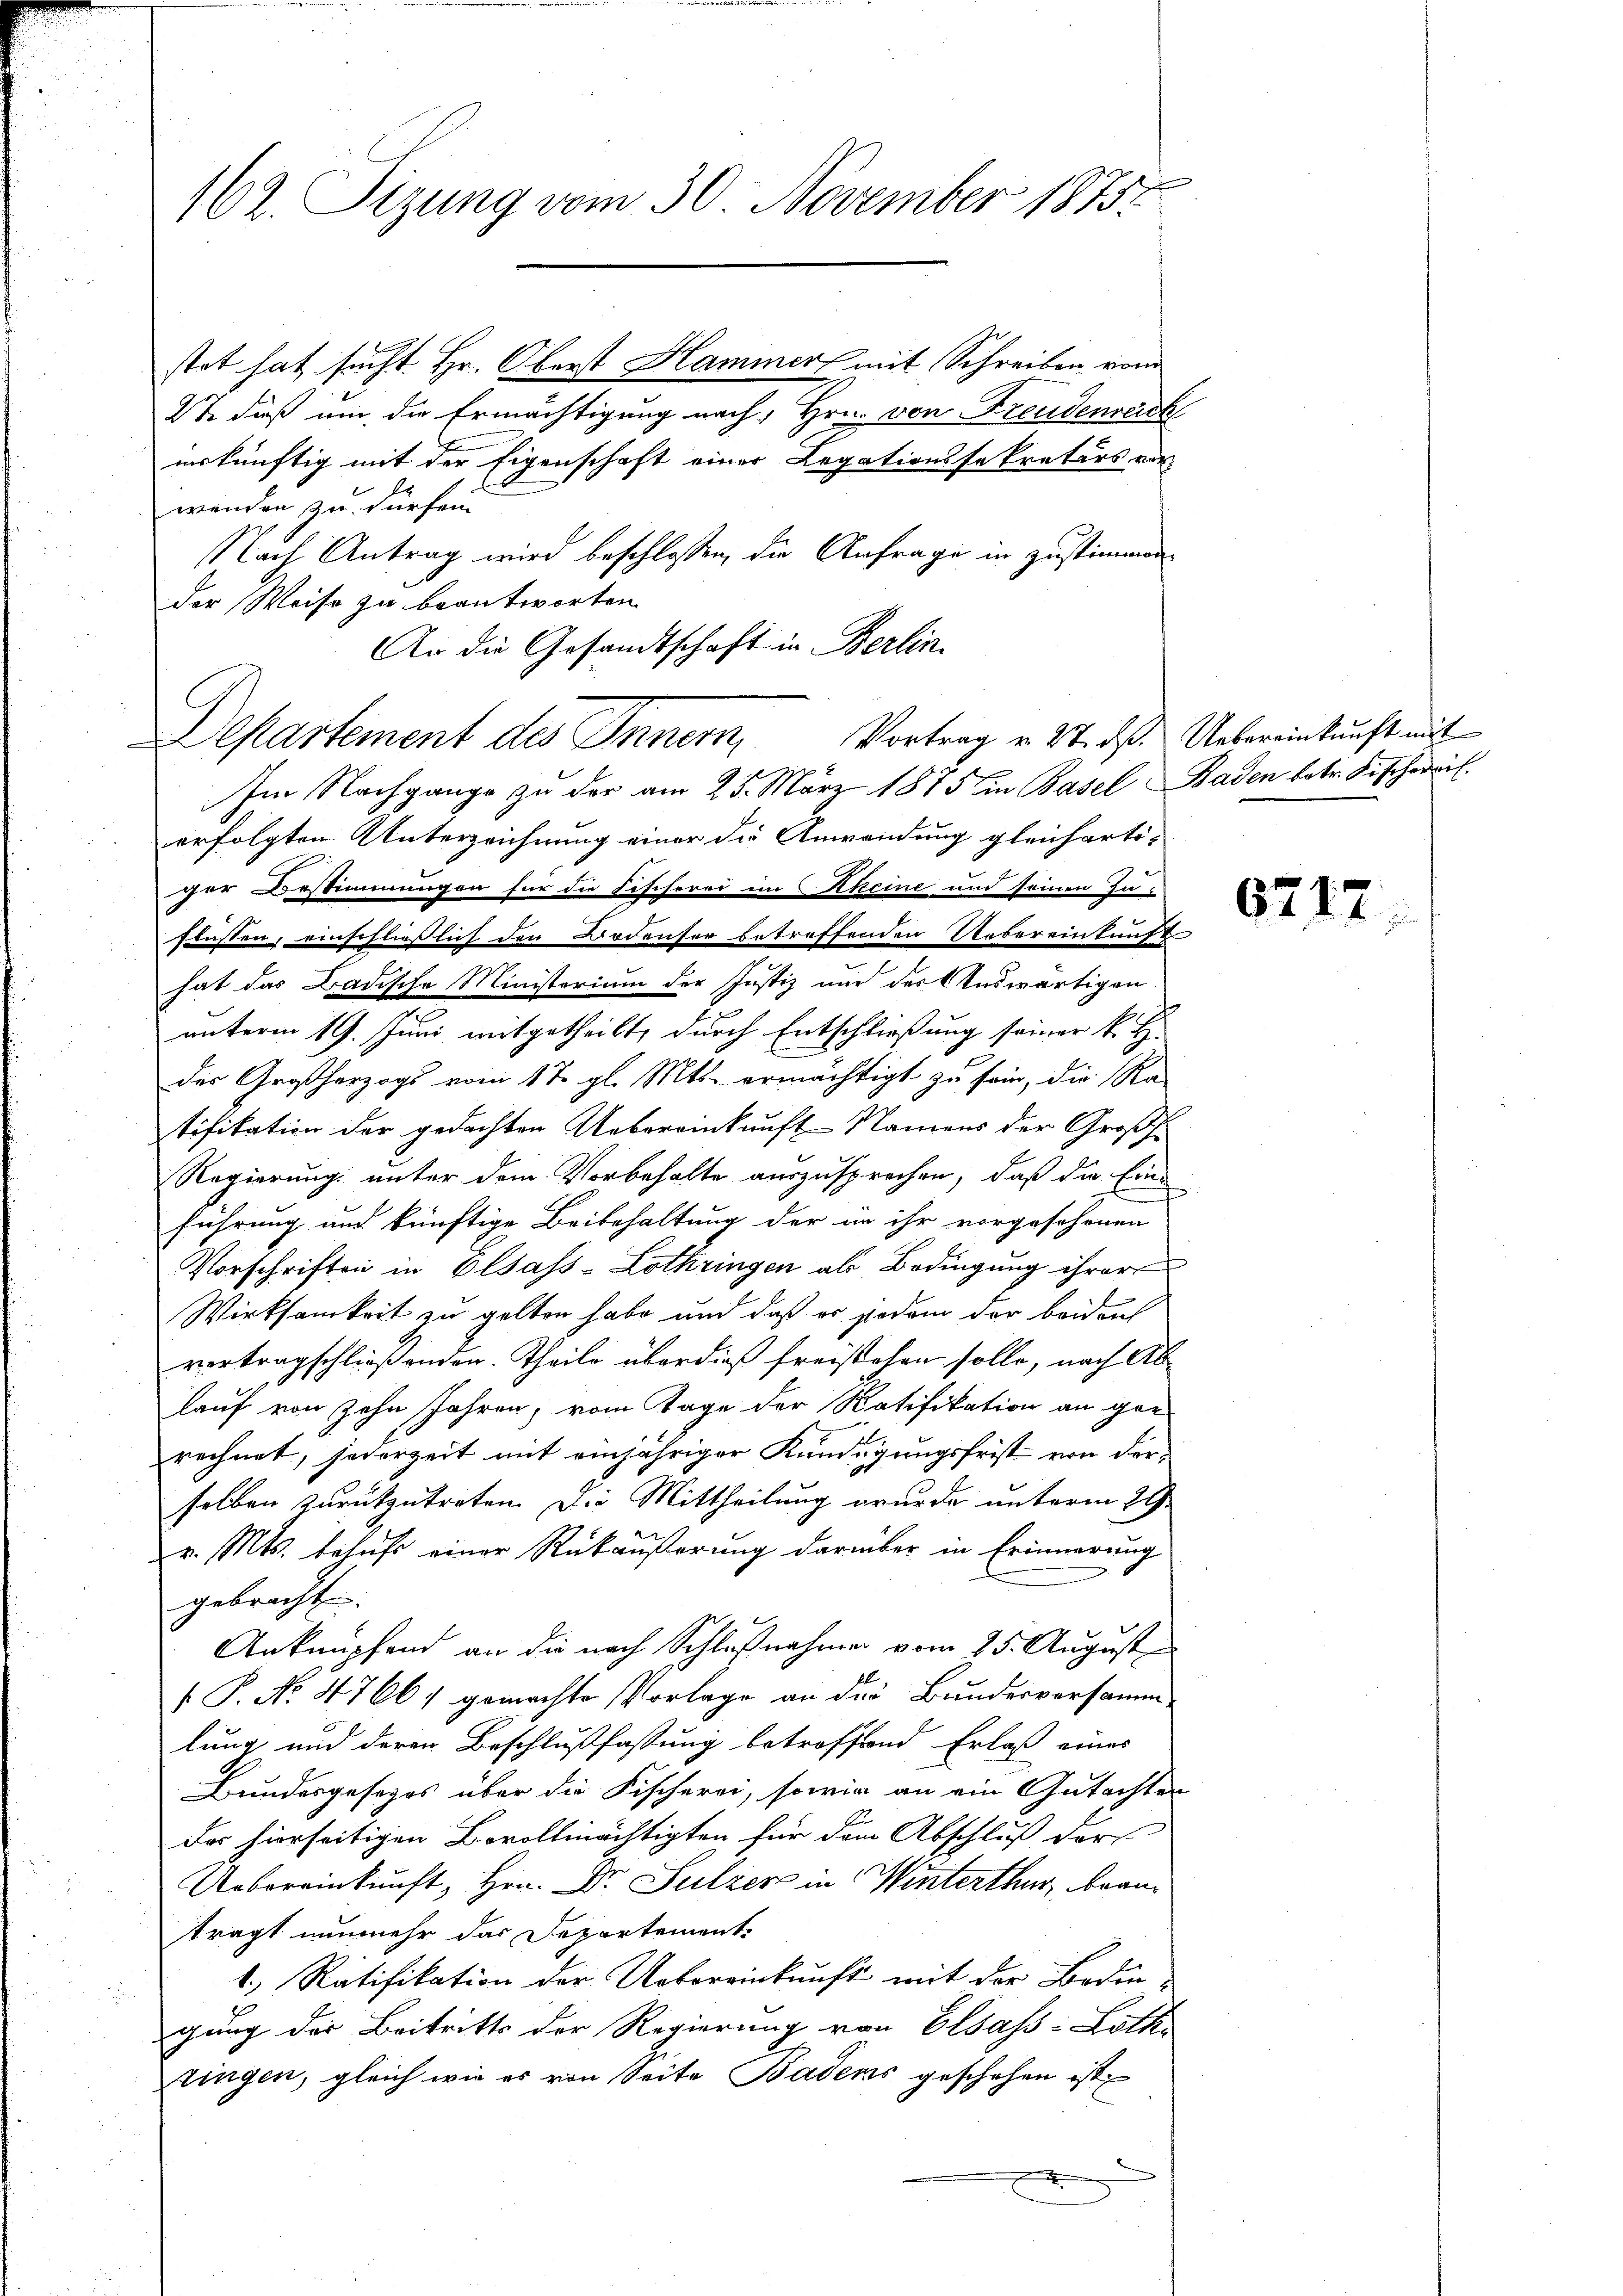
162. Sizung vom 30. November 1875

stet hat sucht Hr. Oberst Hammer mit Schreiben vom
S daß um die Ermächtigung nach, Hrn. von Freudenreich
inskünftig mit der Eigenschaft einer Legationssekretärs vor-
wenden zu dürfen.
Nach Antrag wird beschlossen, die Anfrage in Zustimmender Weise zu beantworten.
An die Gesandtschaft in Berlin.
Im Nachgange zu der am 25. März 1873 in Basel, Baden betr. Fischeris
erfolgten Unterzeichnung einer die Anwendung gleicharti-
ger Bestimmungen für die Fischerei im Rheine und seinen zu
flüssen, einschließlich den Bodenser betreffenden Uebereinkunft
hat das Badische Ministerium der Justiz und der Auswärtigen
unterm 19. Juni mitgetheilt, durch Entschließung seiner k. H.
des Großherzogs vom 17. gl. Mts. ermächtigt zu sein, die Ra-
tifikation der gedachten Uebereinkauft Namens der Großh.
Regierung unter dem Vorbehalte auszusprechen, daß die Eine
führung und künftige Beibehaltung der in ihr vorgeschonen
Vorschriften in Elsass-Lothringen als Bedingung ihrer
Wirksamkeit zu gelten habe und daß er jedem der beident
vertragschließenden. Theile überdieß freistehen solle, nach Ab-
lauf von zehn Jahren, vom Tage der Ratifikation an gerechnet, jederzeit mit einjähriger Kündigungsfrist von der
selben zurückzutreten. Die Mittheilung wurde unterm 29.
v. Mts. behufs einer Rückäußerung darüber in Erinnerung
gebracht.
Anknüpfend an die nach Schlußnahmen vom 25. August
 P. No. 4766/ gemachte Vorlage an der Bundesversamm-
lung und deren Beschlußfassung betroffend Erlaß eines
Bundesgesezes über die Fischerei, sowie an ein Gutachter
Das hierseitigen Bevollmächtigten für dem Abschluß der
Uebereinkunft, Hrn. Dr. Sulzer in Winterthur, beanträgt nunmehr das Departemente
1.) Ratifikation der Uebereinkunft mit der Boden-
gung der Beitritts der Regierung von Elsass-Loth-
zingen, gleich wie es von Seite Badens geschehen ist

Departement des Innern, Vortrag v. 27. ds. Uebereinkunft mit
de

6717